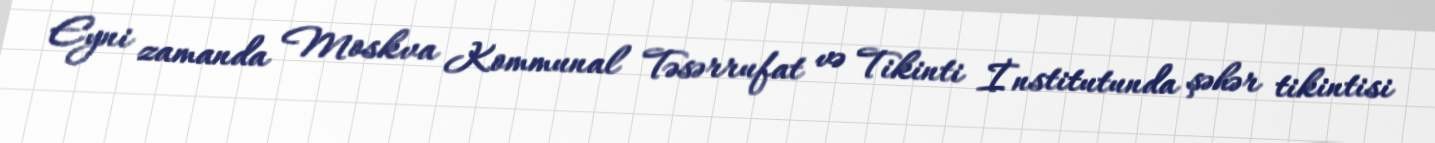
Eyni zamanda Moskva Kommunal Təsərrufat və Tikinti İnstitutunda şəhər tikintisi